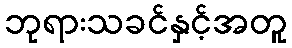
ဘုရားသခင်နှင့်အတူ